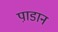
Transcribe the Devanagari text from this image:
पा़डान